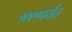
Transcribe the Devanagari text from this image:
१९९१पर्यंत